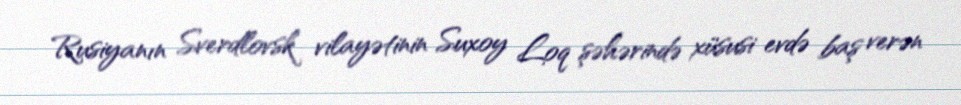
Rusiyanın Sverdlovsk vilayətinin Suxoy Loq şəhərində xüsusi evdə baş verən